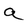
Character: a